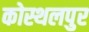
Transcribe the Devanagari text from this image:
कोस्थलपुर